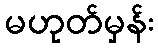
မဟုတ်မှန်း